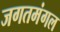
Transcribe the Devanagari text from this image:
जगतमंगल